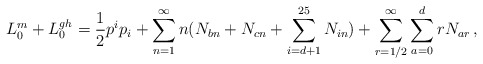
\begin{align*}L_0^m+L_0^{gh}= \frac{1}{2} p^ip_i+\sum_{n=1}^\infty n(N_{bn}+N_{cn}+\sum_{i=d+1}^{25} N_{i n})+\sum_{r=1/2}^\infty \sum_{a=0}^{d} rN_{a r}\,,\end{align*}